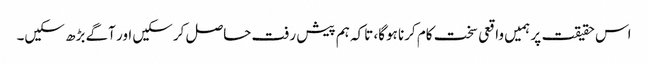
اس حقیقت پر ہمیں واقعی سخت کام کرنا ہوگا، تاکہ ہم پیش رفت حاصل کرسکیں اور آگے بڑھ سکیں۔